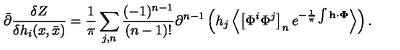
\bar { \partial } \frac { \delta Z } { \delta h _ { i } ( x , \bar { x } ) } = \frac { 1 } { \pi } \sum _ { j , n } ^ { } \frac { ( - 1 ) ^ { n - 1 } } { ( n - 1 ) ! } \partial ^ { n - 1 } \left( h _ { j } \left< \left[ \Phi ^ { i } \Phi ^ { j } \right] _ { n } e ^ { - \frac { 1 } { \pi } \int { \bf h \cdot \Phi } } \right> \right) .